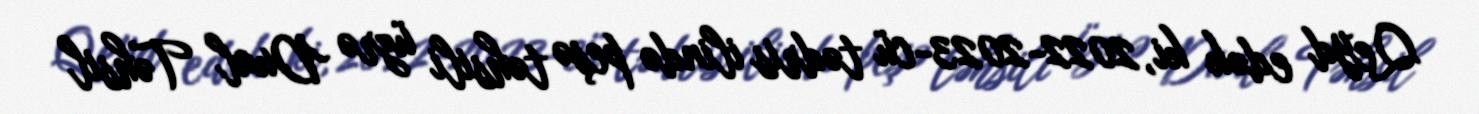
Qeyd edək ki, 2022-2023-cü tədris ilində peşə təhsili üzrə Dual Təhsil